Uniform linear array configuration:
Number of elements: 8
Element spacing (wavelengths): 0.75
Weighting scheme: blackman
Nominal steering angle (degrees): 60
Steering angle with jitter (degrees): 58.03
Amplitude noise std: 0.05
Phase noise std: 0.05

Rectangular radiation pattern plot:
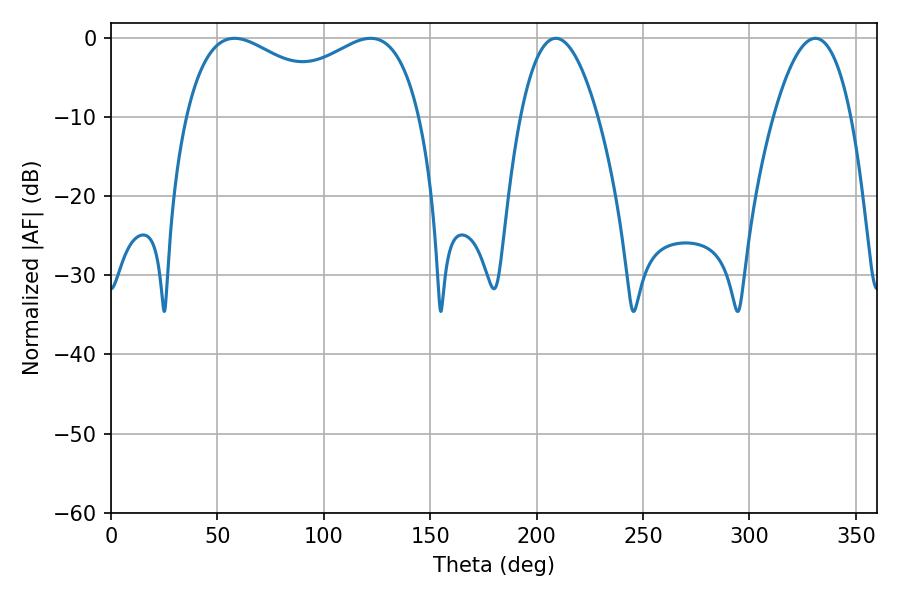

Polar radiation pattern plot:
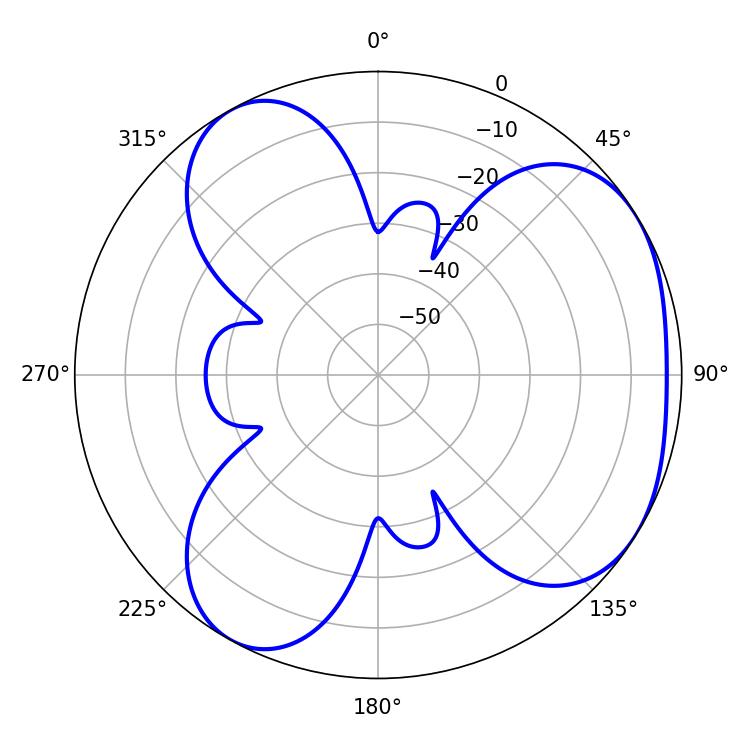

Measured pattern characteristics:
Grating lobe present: TRUE
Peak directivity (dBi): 4.221
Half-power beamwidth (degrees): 20.16
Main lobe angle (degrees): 208.98